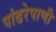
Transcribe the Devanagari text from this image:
पांढरेपाणी